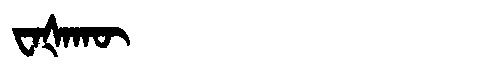
Manchu: ᠸᠠᡧᠠᡴᡡ
Romanization: WAŠAKŪ